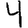
Digit: 4